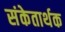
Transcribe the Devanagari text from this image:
संकेतार्थक